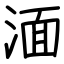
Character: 湎